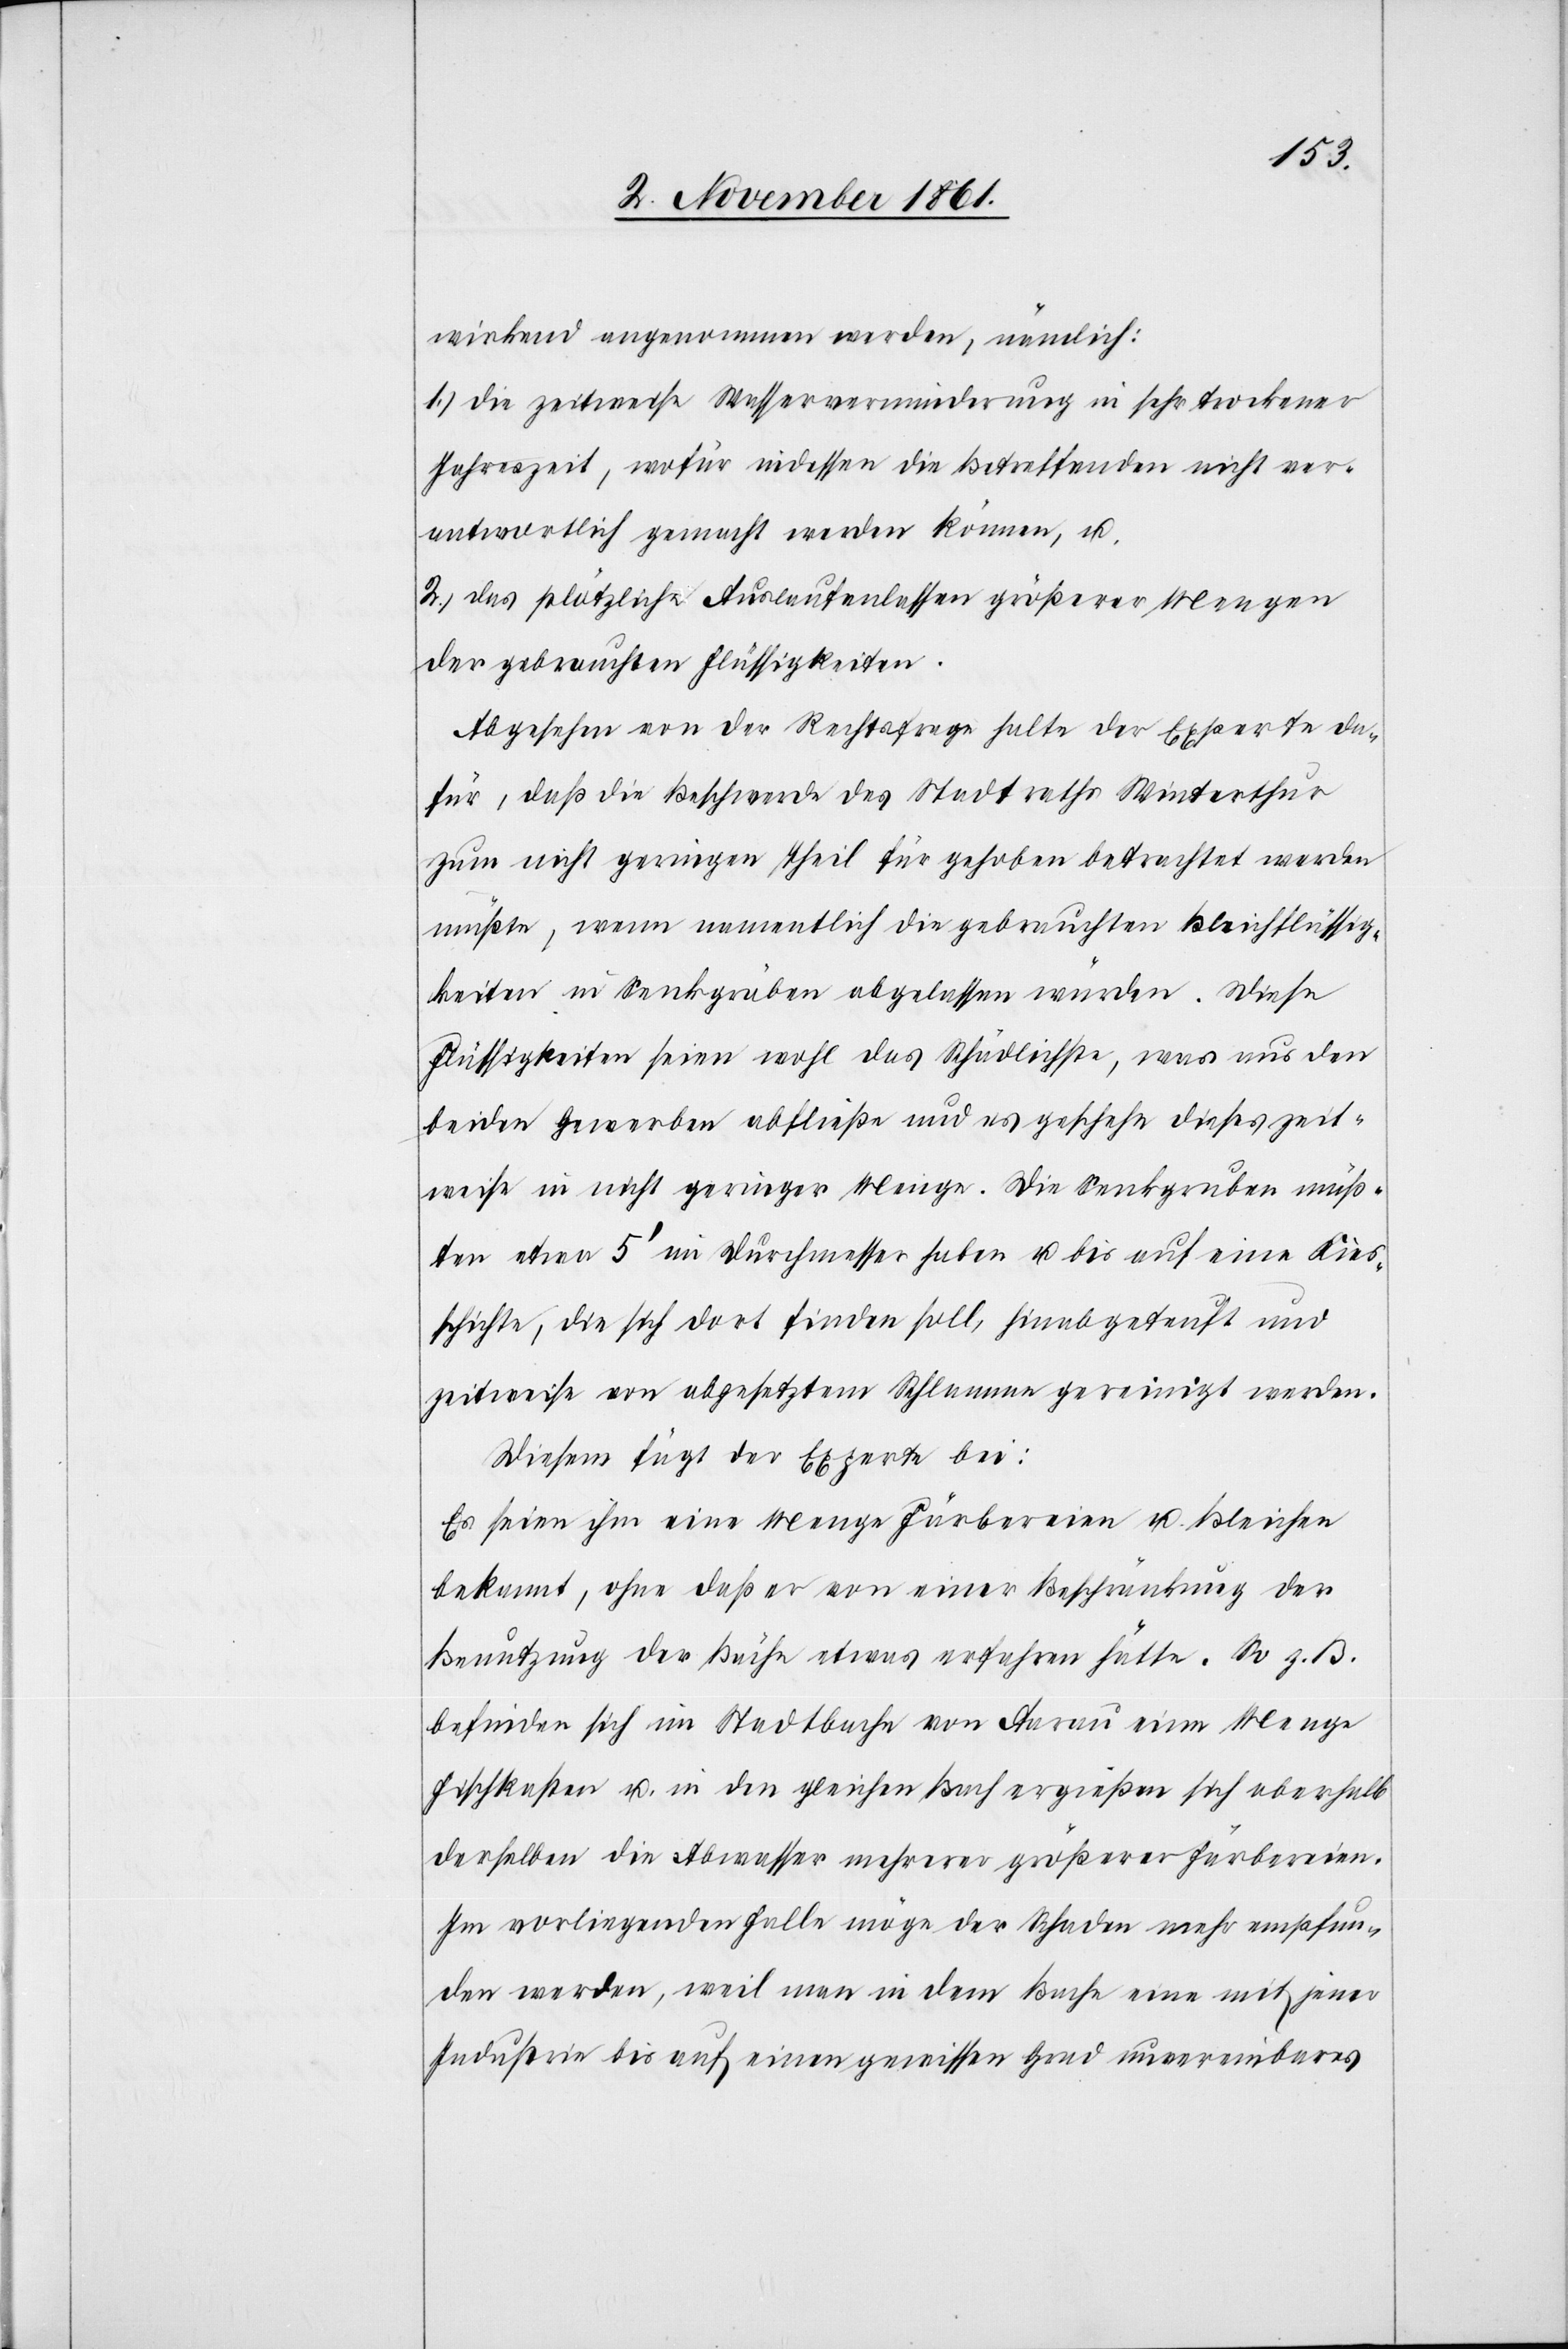
wirkend angenommen werden, nämlich:
1.) die zeitweise Wasserverminderung in sehr trockener
Jahreszeit, wofür indessen die Betreffenden nicht ver¬
antwortlich gemacht werden können, u.
2.) das plötzliche Auslaufenlassen größerer Mengen
der gebrauchten Flüssigkeiten.
Abgesehen von der Rechtsfrage halte der Experte da¬
für, daß die Beschwerde des Stadtrathes Winterthur
zum nicht geringen Theil für gehoben betrachtet werden
müßte, wenn namentlich die gebrauchten Bleiflüssig¬
keiten in Senkgräben abgelassen würden. Diese
Flüssigkeiten seien wohl das Schädlichste, was aus den
beiden Gewerben abfließe und es geschehe dieses zeit¬
weise in nicht geringer Menge. Die Senkgruben müß¬
ten etwa 5’ im Durchmesser haben u. bis auf eine Kies¬
schichte, die sich dort finden soll, hinabgeteuft und
zeitweise von abgesetztem Schlamme gereinigt werden.
Diesem fügt der Experte bei:
Es seien ihm eine Menge Färbereien u. Bleichen
bekannt, ohne daß er von einer Beschränkung der
Benutzung der Bäche etwas erfahren hätte. So z. B.
befinden sich im Stadtbache von Aarau eine Menge
Fischkasten u. in den gleichen Bach ergießen sich oberhalb
derselben die Abwasser mehrerer größerer Färbereien.
Im vorliegenden Falle möge der Schaden mehr empfun¬
den werden, weil man in dem Bache eine mit jener
Industrie bis auf einen gewissen Grad unvereinbares